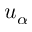
u _ { \alpha }